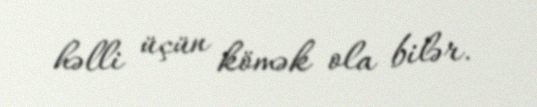
həlli üçün kömək ola bilər.